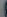
-